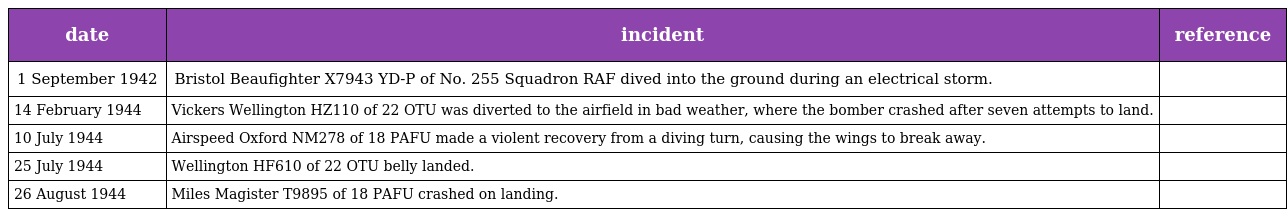
| date | incident | reference |
 | --- | --- | --- |
 | 1 September 1942 | Bristol Beaufighter X7943 YD-P of No. 255 Squadron RAF dived into the ground during an electrical storm. |  |
 | 14 February 1944 | Vickers Wellington HZ110 of 22 OTU was diverted to the airfield in bad weather, where the bomber crashed after seven attempts to land. |  |
 | 10 July 1944 | Airspeed Oxford NM278 of 18 PAFU made a violent recovery from a diving turn, causing the wings to break away. |  |
 | 25 July 1944 | Wellington HF610 of 22 OTU belly landed. |  |
 | 26 August 1944 | Miles Magister T9895 of 18 PAFU crashed on landing. |  |